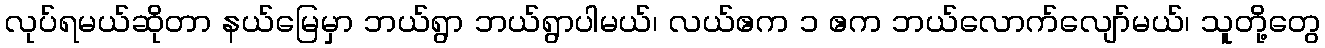
လုပ်ရမယ်ဆိုတာ နယ်မြေမှာ ဘယ်ရွာ ဘယ်ရွာပါမယ်၊ လယ်ဧက ၁ ဧက ဘယ်လောက်လျော်မယ်၊ သူတို့တွေ